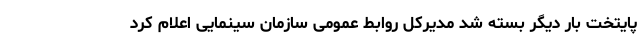
پایتخت بار دیگر بسته شد مدیرکل روابط عمومی سازمان سینمایی اعلام کرد